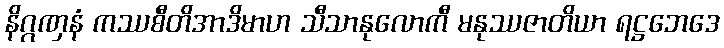
နိဂ္ဂဏှနံ ကဿစီတိအာဒိမာဟ သီသာနုလောကီ မနုဿဇာတိယာ ရဋ္ဌဘေဒေ